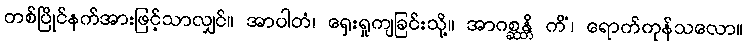
တစ်ပြိုင်နက်အားဖြင့်သာလျှင်။ အာပါတံ၊ ရှေးရှုကျခြင်းသို့။ အာဂစ္ဆန္တိ ကိံ၊ ရောက်ကုန်သလော။